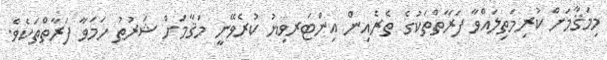
މިމަޤާމަށް ކުރިމަތިލައްވާ ފަރާތްތަކުގެ ތެރެއިން އިންޓަރވިޔު ކުރެވޭނީ މަޤާމަށް ޝަރުޠު ހަމަވާ ފަރާތްތަކެވެ.